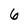
Character: 6